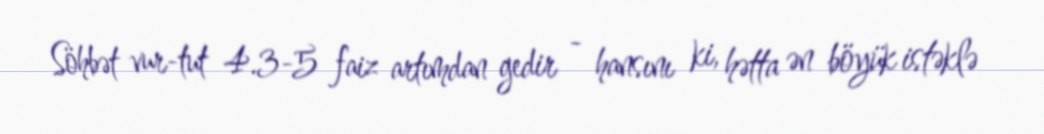
Söhbət vur-tut 4.3-5 faiz artımdan gedir - hansını ki, hətta ən böyük istəklə